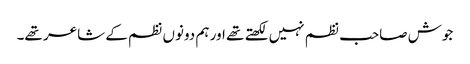
جوش صاحب نظم نہیں لکھتے تھے اور ہم دونوں نظم کے شاعر تھے۔